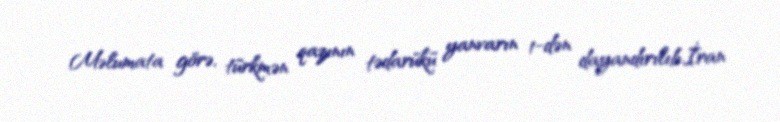
Məlumata görə, türkmən qazının tədarükü yanvarın 1-dən dayandırılıb.İran